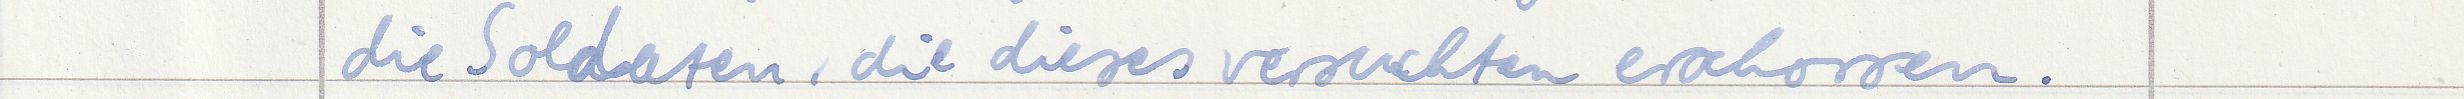
die Soldaten, die dieses versuchten erschossen.